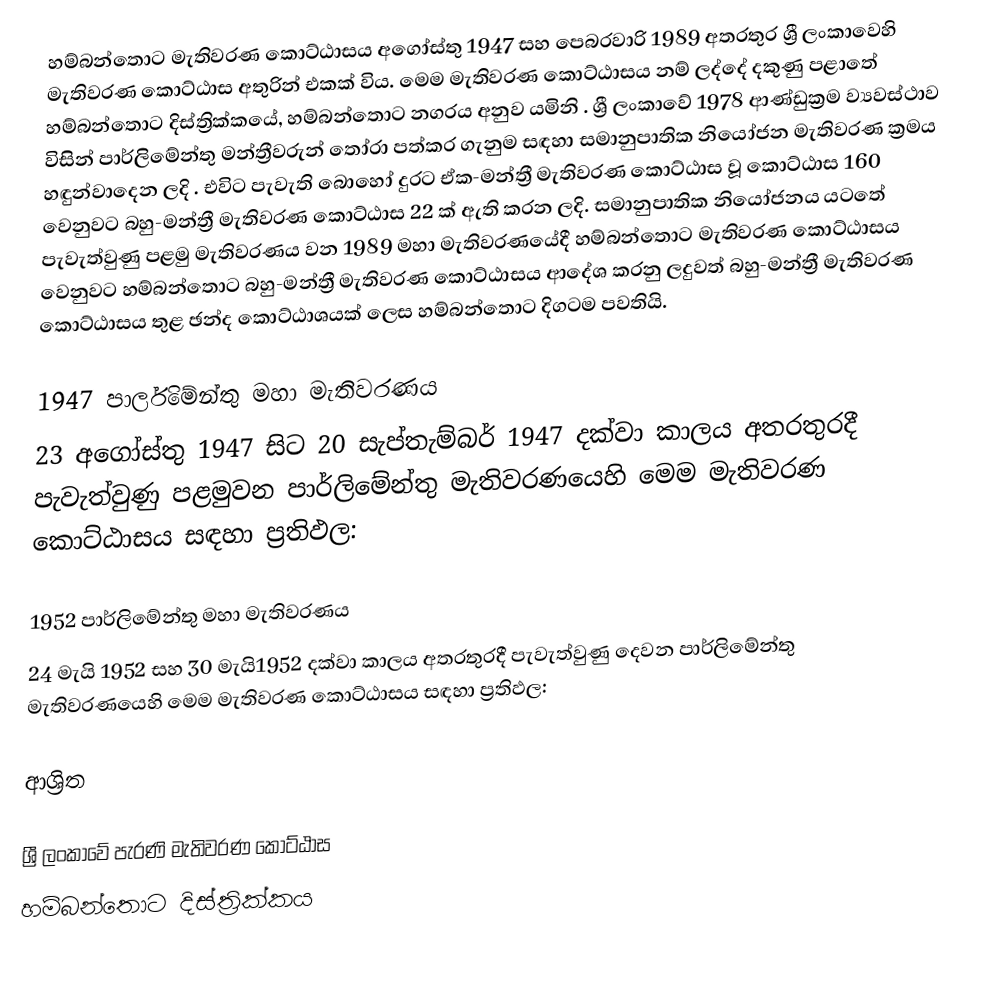
හම්බන්තොට මැතිවරණ කොට්ඨාසය  අගෝස්තු 1947 සහ පෙබරවාරි 1989 අතරතුර  ශ්‍රී ලංකාවෙහි  මැතිවරණ කොට්ඨාස අතුරින් එකක් විය. මෙම මැතිවරණ කොට්ඨාසය නම් ලද්දේ දකුණු පළාතේ හම්බන්තොට දිස්ත්‍රික්කයේ,  හම්බන්තොට නගරය අනුව යමිනි . ශ්‍රී ලංකාවේ 1978 ආණ්ඩුක්‍රම ව්‍යවස්ථාව විසින්   පාර්ලිමේන්තු මන්ත්‍රීවරුන් තෝරා පත්කර ගැනුම සඳහා සමානුපාතික නියෝජන මැතිවරණ ක්‍රමය හඳුන්වාදෙන ලදි . එවිට පැවැති බොහෝ දුරට  ඒක-මන්ත්‍රී මැතිවරණ කොට්ඨාස වූ කොට්ඨාස 160 වෙනුවට බහු-මන්ත්‍රී මැතිවරණ කොට්ඨාස 22 ක් ඇති කරන ලදි. සමානුපාතික නියෝජනය යටතේ පැවැත්වුණු පළමු මැතිවරණය වන 1989 මහා මැතිවරණයේදී  හම්බන්තොට මැතිවරණ කොට්ඨාසය වෙනුවට හම්බන්තොට බහු-මන්ත්‍රී මැතිවරණ කොට්ඨාසය  ආදේශ කරනු ලදුවත් බහු-මන්ත්‍රී මැතිවරණ කොට්ඨාසය තුළ ඡන්ද කොට්ඨාශයක් ලෙස හම්බන්තොට දිගටම පවතියි.

1947 පාර්ලිමේන්තු මහා මැතිවරණය
23 අගෝස්තු 1947 සිට 20 සැප්තැම්බර් 1947 දක්වා කාලය අතරතුරදී පැවැත්වුණු  පළමුවන පාර්ලිමේන්තු මැතිවරණයෙහි මෙම මැතිවරණ කොට්ඨාසය සඳහා ප්‍රතිඵල:

1952 පාර්ලිමේන්තු මහා මැතිවරණය
24 මැයි 1952 සහ 30 මැයි1952 දක්වා කාලය අතරතුරදී පැවැත්වුණු  දෙවන පාර්ලිමේන්තු මැතිවරණයෙහි මෙම මැතිවරණ කොට්ඨාසය සඳහා ප්‍රතිඵල:

ආශ්‍රිත

ශ්‍රී ලංකාවේ පැරණි මැතිවරණ කොට්ඨාස
හම්බන්තොට දිස්ත්‍රික්කය